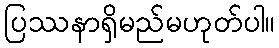
ပြဿနာရှိမည်မဟုတ်ပါ။